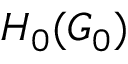
H _ { 0 } ( G _ { 0 } )